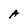
Character: A